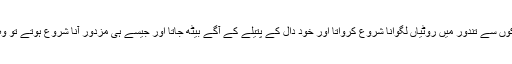
اور دو تین لڑکوں سے تندور میں روٹیاں لگوانا شروع کرواتا اور خود دال کے پتیلے کے آگے بیٹھ جاتا اور جیسے ہی مزدور آنا شروع ہوتے تو وہ روٹی کھولتا۔